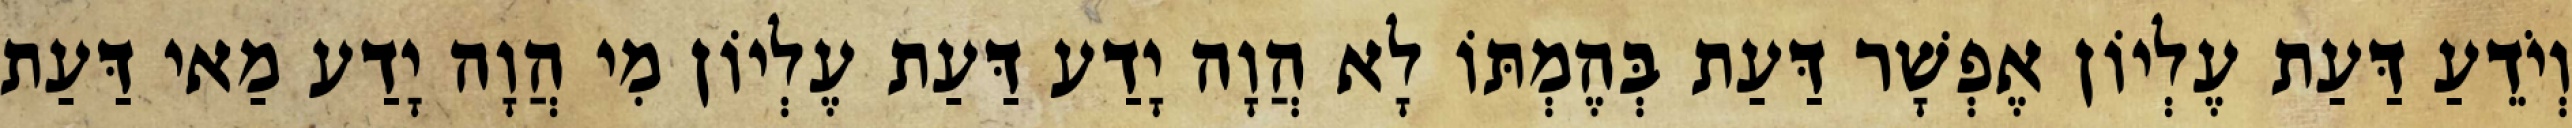
וְיֹדֵעַ דַּעַת עֶלְיוֹן אֶפְשָׁר דַּעַת בְּהֶמְתּוֹ לָא הֲוָה יָדַע דַּעַת עֶלְיוֹן מִי הֲוָה יָדַע מַאי דַּעַת